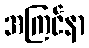
အကြင်နာ